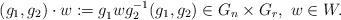
LaTeX: \begin{align*}(g_1,g_2)\cdot w:=g_1^{}wg_2^{-1}(g_1,g_2)\in G_n\times G_r,\ w\in W.\end{align*}